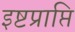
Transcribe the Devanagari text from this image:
इष्टप्राप्ति